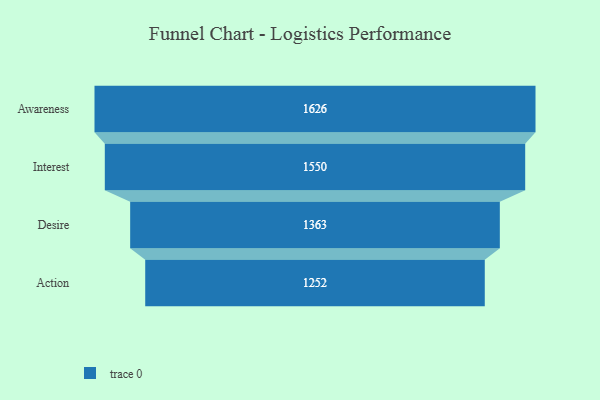
{"axis": {"x": "Stage", "y": "Value"}, "legend": [""], "data": [{"x": "Awareness", "y": 1626.0, "type": ""}, {"x": "Interest", "y": 1550.0, "type": ""}, {"x": "Desire", "y": 1363.0, "type": ""}, {"x": "Action", "y": 1252.0, "type": ""}]}